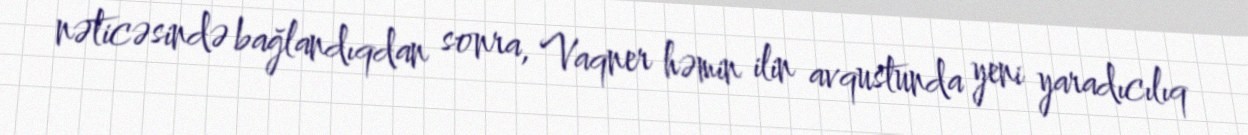
nəticəsində bağlandıqdan sonra, Vaqner həmin ilin avqustunda yeni yaradıcılıq